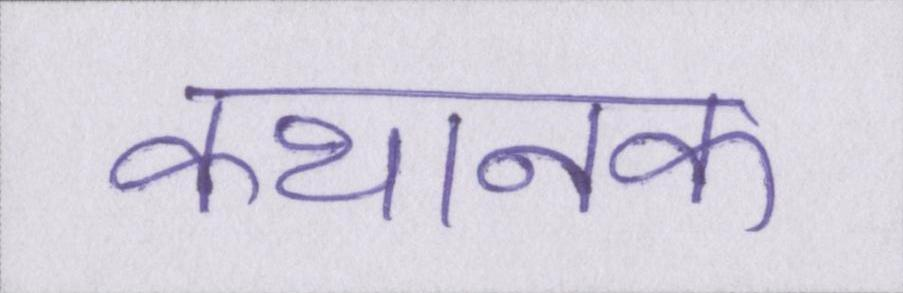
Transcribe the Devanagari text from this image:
कथानक